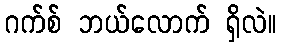
ဂက်စ် ဘယ်လောက် ရှိလဲ။